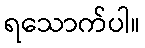
ရသောက်ပါ။